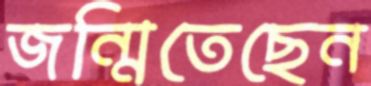
জন্মিতেছেন